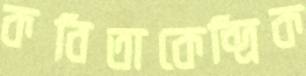
কবিতাকেন্দ্রিক